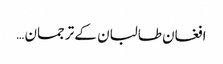
افغان طالبان کے ترجمان …